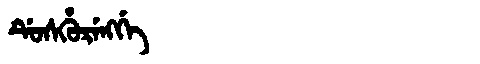
Manchu: ᡩᡠᠰᡥᡠᡵᡝᠩᡤᡝ
Romanization: DUSHURENGGE